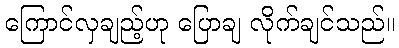
ကြောင်လှချည့်ဟု ပြောချ လိုက်ချင်သည်။